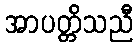
အာပတ္တိသညီ